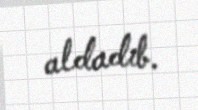
aldadıb.